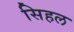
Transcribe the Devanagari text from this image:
सिहल